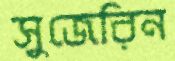
সুজেরিন